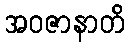
အဝဇာနာတိ